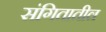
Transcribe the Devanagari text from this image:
संगितातील